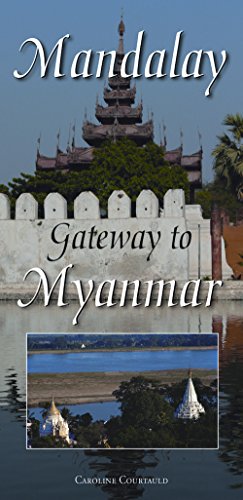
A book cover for Mandalay Map: Gateway to Myanmar (Burma); Caroline Courtauld; Travel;